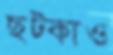
ছট্‌কাও